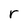
Character: r